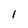
Character: 1